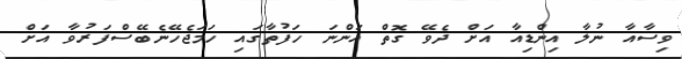
ވިސާއާ ނުލާ އިންޑިއާ އަށް ދެވޭ ގޮތް އަންނަ ހަފުތާގައި ހަމަޖެހޭނެބޭސްފަރުވާ އަށް